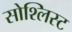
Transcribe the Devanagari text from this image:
सोश्लिस्ट